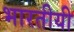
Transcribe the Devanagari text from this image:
भारतीयी